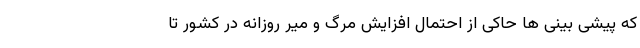
که پیشی بینی ها حاکی از احتمال افزایش مرگ و میر روزانه در کشور تا